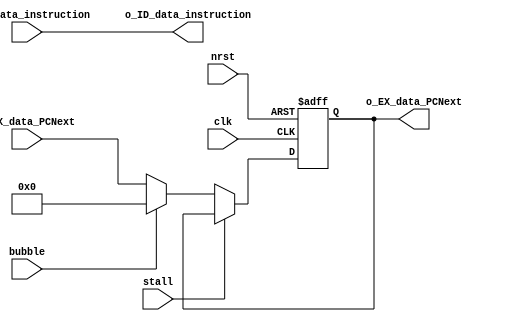
module IF_ID_Reg(
	/* --- global --- */
	input	wire	clk,
	input	wire	nrst,
	input	wire	stall,
	input	wire	bubble,
	/* --- bypass --- */
	input	wire	[31:0]	i_EX_data_PCNext,
	output	reg 	[31:0]	o_EX_data_PCNext,
	input	wire	[31:0]	i_ID_data_instruction,
	output	reg 	[31:0]	o_ID_data_instruction
);

	always @ (posedge clk or negedge nrst) begin
		if (~nrst) begin
			o_EX_data_PCNext <= 32'd0;
			// o_ID_data_instruction <= 32'd0;
		end
		else begin
			if (~stall) begin
				if (bubble) begin
					o_EX_data_PCNext <= 32'd0;
					// o_ID_data_instruction <= 32'd0;
				end
				else begin
					o_EX_data_PCNext <= i_EX_data_PCNext;
					// o_ID_data_instruction <= i_ID_data_instruction;
				end
			end
		end
	end
	
	always @ (*) begin
		o_ID_data_instruction = i_ID_data_instruction;
	end

endmodule